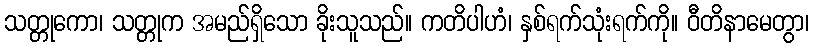
သတ္တုကော၊ သတ္တုက အမည်ရှိသော ခိုးသူသည်။ ကတိပါဟံ၊ နှစ်ရက်သုံးရက်ကို။ ဝီတိနာမေတွာ၊